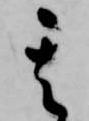
其